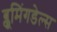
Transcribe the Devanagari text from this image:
ब्लूमिंगडेल्स